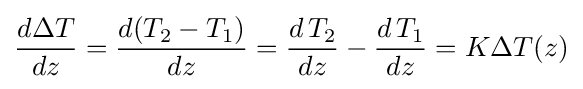
{\frac {d\Delta T}{dz}}={\frac {d(T_{2}-T_{1})}{dz}}={\frac {d\,T_{2}}{dz}}-{\frac {d\,T_{1}}{dz}}=K\Delta T(z)